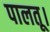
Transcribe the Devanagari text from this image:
पालतू।